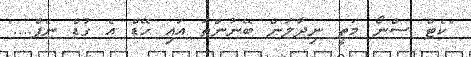
"ކެޓް ސްނޯ މަތީ ނިދާލަން ބޭނުންތަ އައި ހޭޑް އެ ގުޑް ނެޕް...."